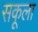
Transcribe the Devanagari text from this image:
सकूला